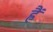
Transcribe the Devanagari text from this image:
ह्वैं